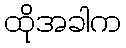
ထိုအခါက